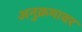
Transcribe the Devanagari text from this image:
अनुक्रमावर